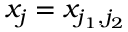
x _ { j } = x _ { j _ { 1 } , j _ { 2 } }